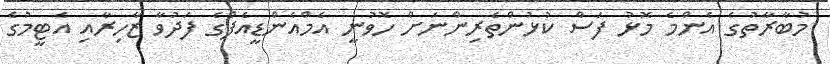
މުބާރާތުގެ އެންމެ މޮޅު ފަސް ކުޅުންތެރިންނަށް ހޮވުނީ އެމްއެންޑީއެފްގެ ފަދުވާ ޒާހިރާއި އެޓީމުގެ